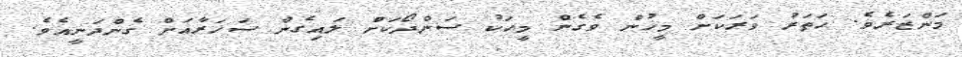
މަންޒަރެވެ. ހަަތަރު ވަރަކަށް މީހުން ވެގެން މީހަކު ސަންދޯކަށް ލައިގެން ސަހަރާއަށް ގެންދަނީއެވެ.